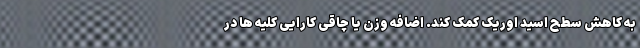
به کاهش سطح اسید اوریک کمک کند. اضافه وزن یا چاقی کارایی کلیه ها در